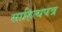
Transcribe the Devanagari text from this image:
साहित्यपत्र